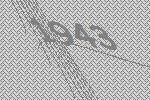
1943